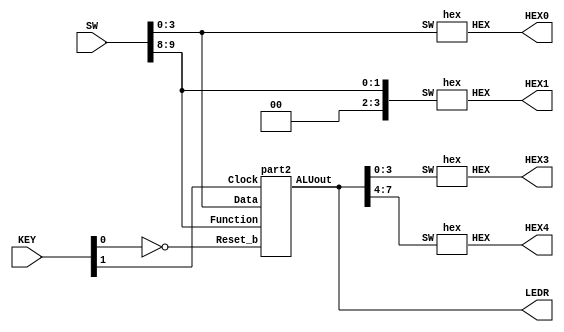
module part2Board(KEY, SW, LEDR, HEX0, HEX1, HEX4, HEX3);
	input [1:0] KEY;
	input [9:0] SW ;
	output [7:0] LEDR;
	output [6:0] HEX0, HEX1, HEX4, HEX3;

	wire [7:0] mainOut;
	wire reset;
	assign reset = ~KEY[0];
	part2 main(KEY[1], reset, SW[3:0], SW[9:8], mainOut);
	assign LEDR[7:0] = mainOut;


	hex H0(SW[3:0], HEX0);
	hex H1({2'b00,SW[9:8]}, HEX1);
	hex H4(mainOut[7:4], HEX4);
	hex H3(mainOut[3:0], HEX3);
endmodule





module part2(Clock, Reset_b, Data, Function, ALUout);
	input Clock, Reset_b;
	input [3:0] Data;
	input [1:0] Function;
	output reg [7:0] ALUout;

	wire [7:0] preALUout, ALUout_wire;
	wire [3:0] A_ALUin;
	
	ALU U1(A_ALUin, ALUout[3:0], Function, preALUout);
	Reg8 R1(Clock, Reset_b, preALUout, ALUout_wire);
	mux2to1 MUX(ALUout[7:4], Data, Function, A_ALUin);
	
	always @(*) begin
		ALUout = ALUout_wire;
	end
	
endmodule

module ALU(A, B, f, out); //works :)
	input [3:0] A,B;
	input [1:0] f;
	output reg [7:0] out;

	wire [3:0] B;
	
	
	always @(*) begin
		case(f)
			2'b00: out =  A + B;

			2'b01: out = A * B;

			2'b10: out = B<<A;

			2'b11: out = {A,B};

			default: out = 8'b00000000;
		endcase
	end
endmodule


module Reg8(clk, reset_b, d, q);//works
	input wire clk;
	input wire reset_b;
	input wire [7:0] d;
	output reg [7:0] q;


	always@ ( posedge clk )
		begin
		if (reset_b) q <= 8'b00000000 ;
		else q <= d ;
	end
endmodule

module mux2to1(Reg_in, Data_in, Function, Out);
	input [3:0] Reg_in, Data_in;
	input [1:0] Function;
	output reg [3:0] Out;

	always @(*) begin
		case(Function)
		2'b11: Out = Reg_in;
		default: Out = Data_in;
		endcase
	end
endmodule

module hex_decoder(c, display);
	input [3:0] c;
	output [6:0] display;
	
	wire c0, c1, c2, c3; //for the ease of typing (they are not wires)
	assign c0 = c[0];
	assign c1 = c[1];
	assign c2 = c[2];
	assign c3 = c[3];

	wire [6:0] inverted; //I messed up, everything is inverted

	assign inverted[0] = ~c2&~c0 | ~c3&c2&c0 | c2&c1 | c3&~c2&~c1 | c3&~c0 | ~c3&c1;
	assign inverted[1] = ~c3&~c1&~c0 | ~c2&~c1 | ~c2&~c0 | ~c3&c1&c0 | c3&~c1&c0;
	assign inverted[2] = ~c2&~c1 | ~c2&c0 | ~c1&c0 | ~c3&c2 | c3&~c2;
	assign inverted[3] = ~c3&~c2&~c0 | ~c2&c1&c0 | c2&~c1&c0 | c2&c1&~c0 | c3&~c1;
	assign inverted[4] = ~c2&~c0 | c1&~c0 | c3&c1 |c3&c2;
	assign inverted[5] = ~c1&~c0 | ~c3&c2&~c1 | c2&~c0 | c3&~c2 | c3&c1;
	assign inverted[6] = ~c2&c1 | c1&~c0 | ~c3&c2&~c1 | c3&~c2 | c3&c0;
	
	assign display = ~inverted;

endmodule

//*********for testing*************************************
module hex(SW, HEX);
	input [3:0] SW;
	output [6:0] HEX;
	hex_decoder H1(SW, HEX);	
endmodule